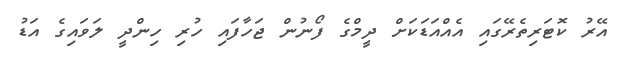
އޭރު ކޮޓަރިތެރޭގައި އެއްއަޑަކަށް ދީމްގެ ފޯނުން ޖަހާފައި ހުރި ހިންދީ ލަވައިގެ އަޑު